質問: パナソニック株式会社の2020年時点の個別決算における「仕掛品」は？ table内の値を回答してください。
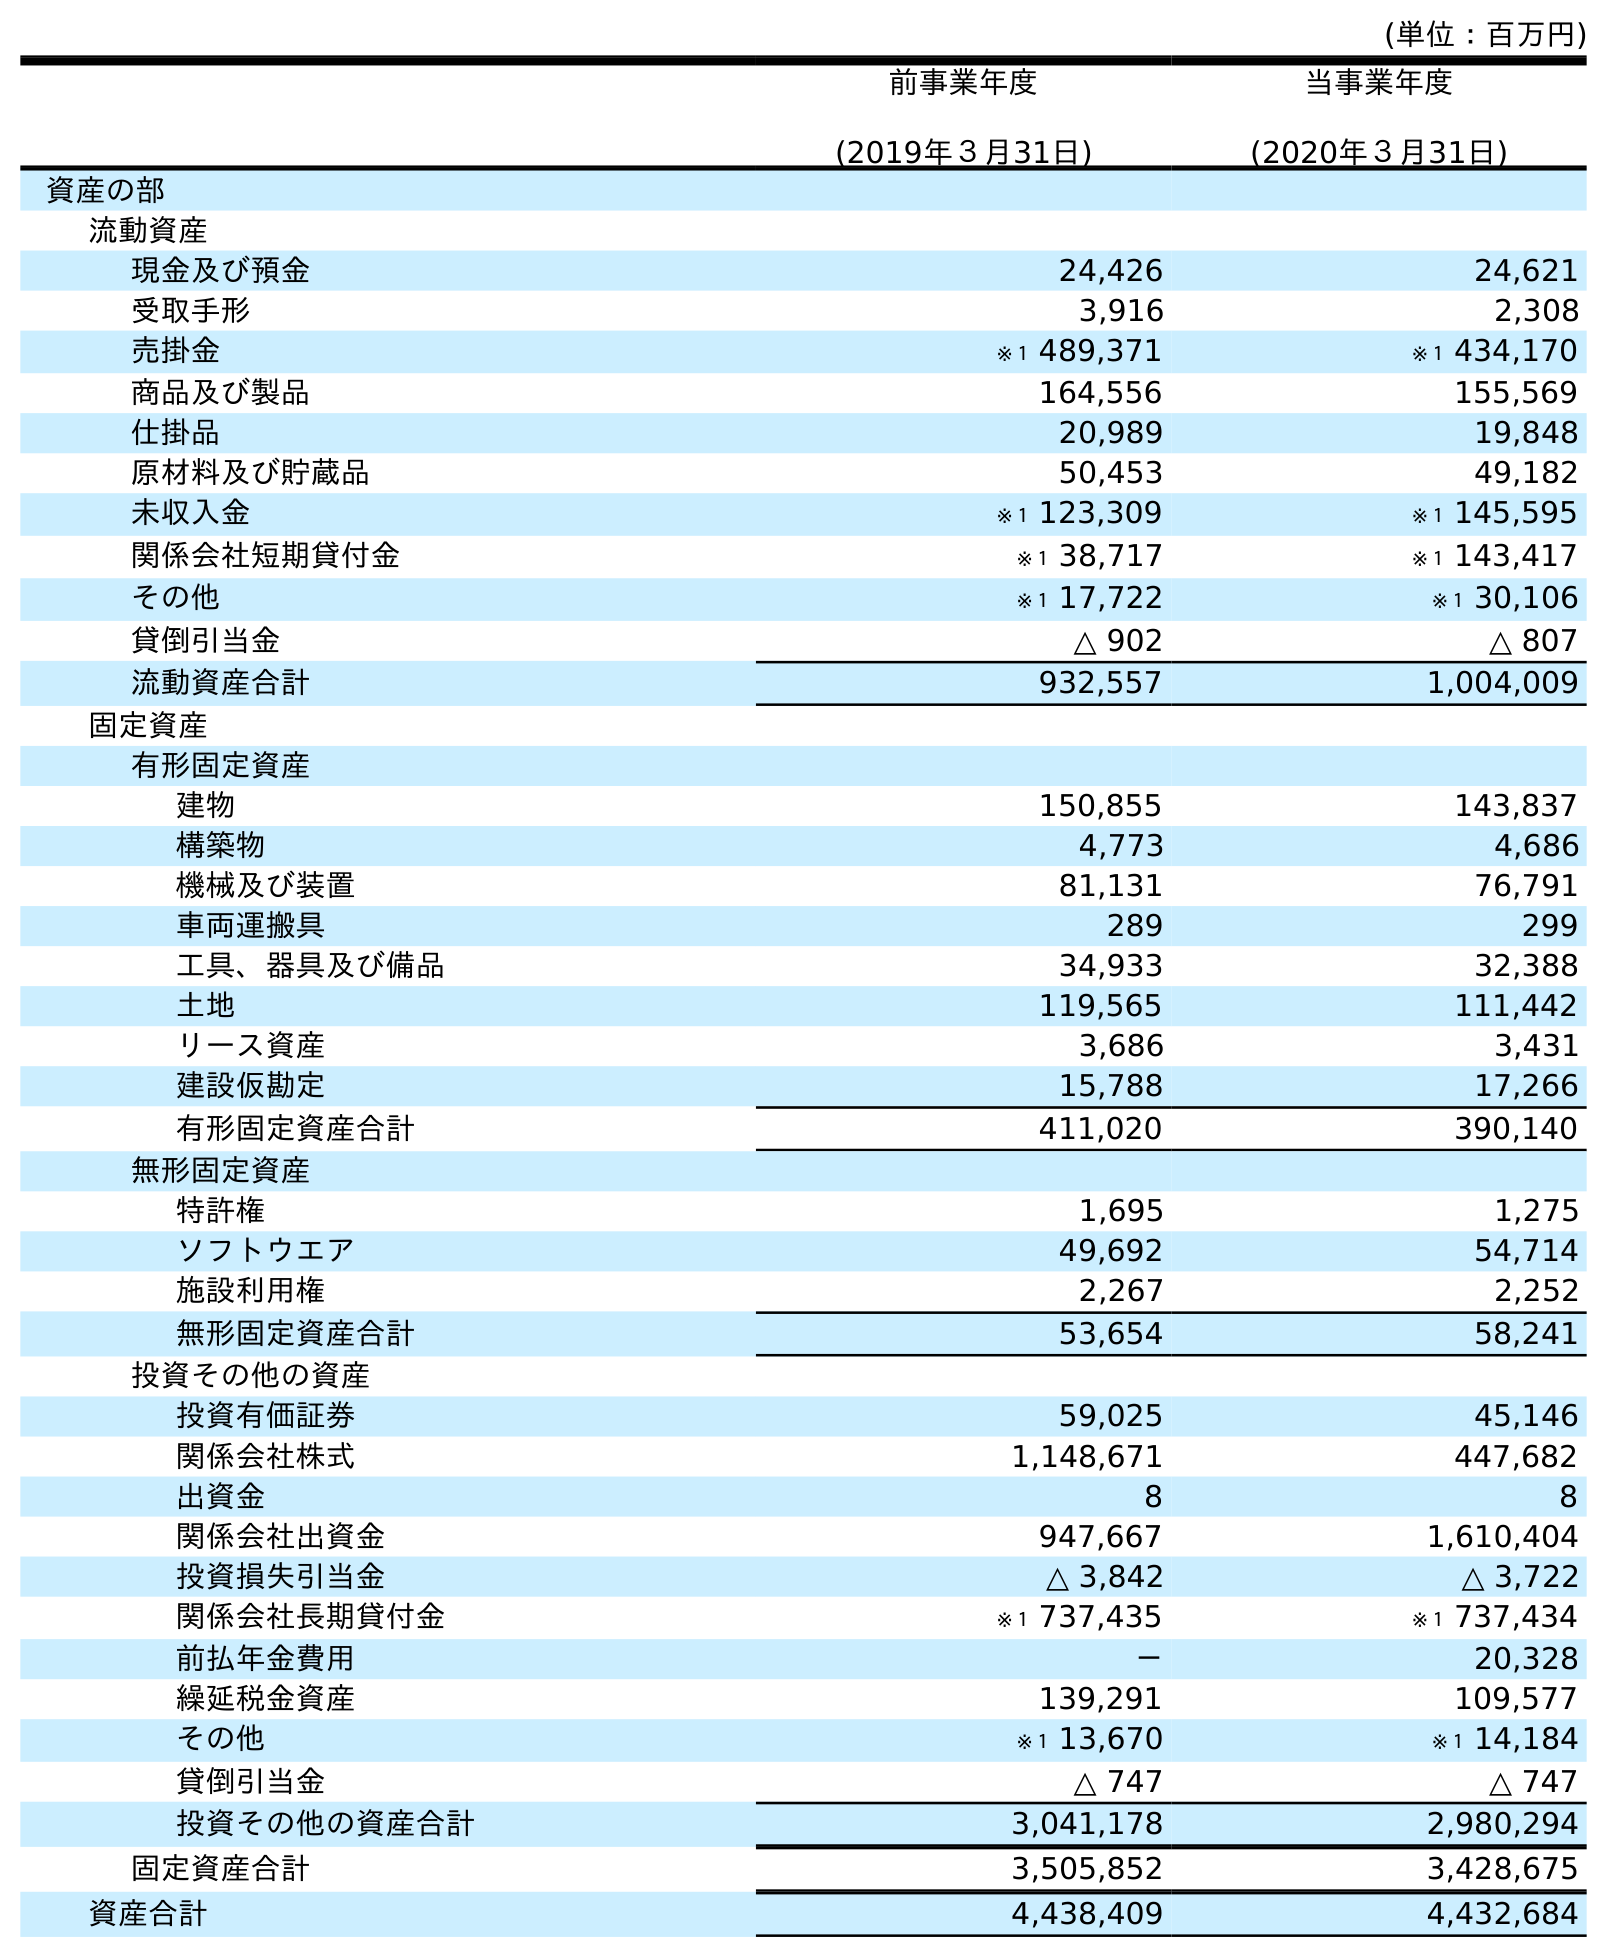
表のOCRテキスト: (単位：百万円) 前事業年度 (2019年３月31日) 当事業年度 (2020年３月31日) 資産の部 流動資産 現金及び預金 24,426 24,621 受取手形 3,916 2,308 売掛金 ※１ 489,371 ※１ 434,170 商品及び製品 164,556 155,569 仕掛品 20,989 19,848 原材料及び貯蔵品 50,453 49,182 未収入金 ※１ 123,309 ※１ 145,595 関係会社短期貸付金 ※１ 38,717 ※１ 143,417 その他 ※１ 17,722 ※１ 30,106 貸倒引当金 △ 902 △ 807 流動資産合計 932,557 1,004,009 固定資産 有形固定資産 建物 150,855 143,837 構築物 4,773 4,686 機械及び装置 81,131 76,791 車両運搬具 289 299 工具、器具及び備品 34,933 32,388 土地 119,565 111,442 リース資産 3,686 3,431 建設仮勘定 15,788 17,266 有形固定資産合計 411,020 390,140 無形固定資産 特許権 1,695 1,275 ソフトウエア 49,692 54,714 施設利用権 2,267 2,252 無形固定資産合計 53,654 58,241 投資その他の資産 投資有価証券 59,025 45,146 関係会社株式 1,148,671 447,682 出資金 8 8 関係会社出資金 947,667 1,610,404 投資損失引当金 △ 3,842 △ 3,722 関係会社長期貸付金 ※１ 737,435 ※１ 737,434 前払年金費用 － 20,328 繰延税金資産 139,291 109,577 その他 ※１ 13,670 ※１ 14,184 貸倒引当金 △ 747 △ 747 投資その他の資産合計 3,041,178 2,980,294 固定資産合計 3,505,852 3,428,675 資産合計 4,438,409 4,432,684
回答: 19,848